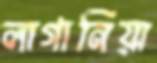
লাগানিয়া